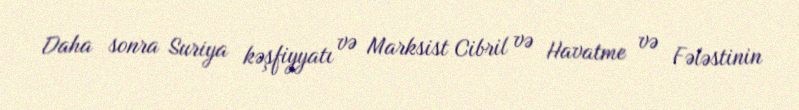
Daha sonra Suriya kəşfiyyatı və Marksist Cibril və Havatme və Fələstinin